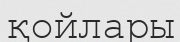
қойлары